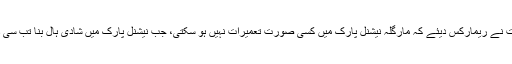
جسٹس شیخ عظمت نے ریمارکس دیئے کہ مارگلہ نیشنل پارک میں کسی صورت تعمیرات نہیں ہو سکتی، جب نیشنل پارک میں شادی ہال بنا تب سی ڈی اے کدھر تھا؟